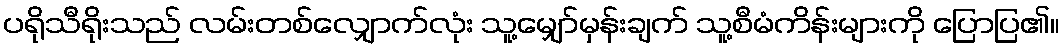
ပရိုသီရိုးသည် လမ်းတစ်လျှောက်လုံး သူ့မျှော်မှန်းချက် သူ့စီမံကိန်းများကို ပြောပြ၏။